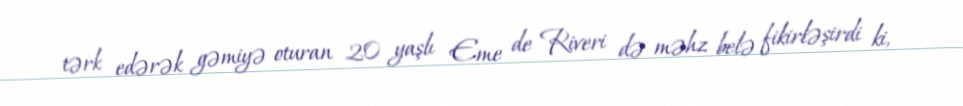
tərk edərək gəmiyə oturan 20 yaşlı Eme de Riveri də məhz belə fikirləşirdi ki,